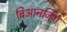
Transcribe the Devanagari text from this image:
बिआनजिंग